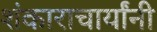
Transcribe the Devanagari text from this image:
शंकाराचार्यांनी